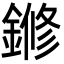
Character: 鎀